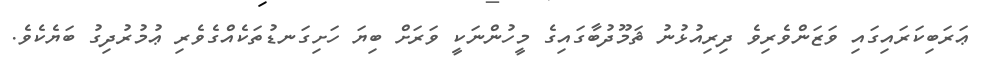
ޢަރަބިކަރައިގައި ވަޒަންވެރިވެ ދިރިއުޅުނު ޘަމޫދުބާގައިގެ މީހުންނަކީ ވަރަށް ބިޔަ ހަށިގަނޑުތަކެއްގެވެރި ޢުމުރުދިގު ބަޔެކެވެ.